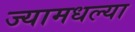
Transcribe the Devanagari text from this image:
ज्यामधल्या